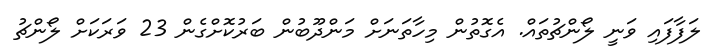
ލަފާފައި ވަނީ ލޯންޗުތައް. އެގޮތުން މިހާތަނަށް މަންދޫބުން ބަރުކޮށްގެން 23 ވަރަކަށް ލޯންޗު